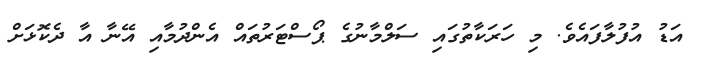
އަޑު އުފުލާފައެވެ. މި ހަރަކާތުގައި ސަލްމާނުގެ ޕޯސްޓަރުތައް އެންދުމާއި އޭނާ އާ ދެކޮޅަށް